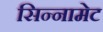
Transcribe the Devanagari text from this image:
सिन्नामेट